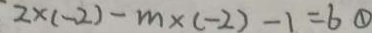
2 \times ( - 2 ) - m \times ( - 2 ) - 1 = 6 \textcircled { 1 }